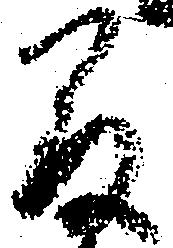
間